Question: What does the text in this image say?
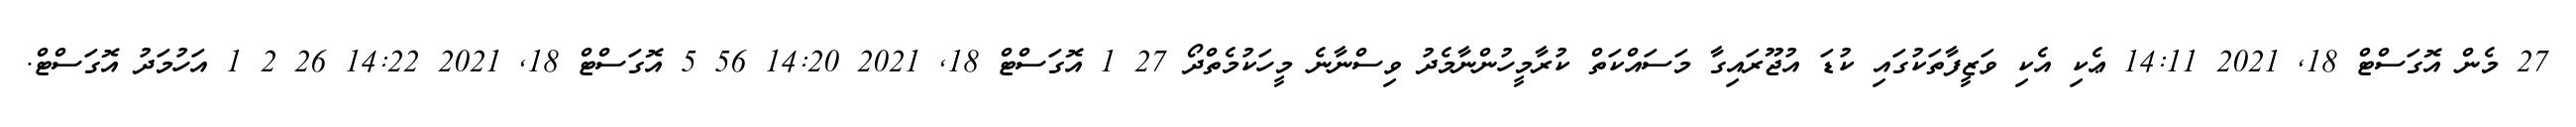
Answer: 27 މެން އޮގަސްޓް 18, 2021 14:11 ޢެކި އެކި ވަޒީފާތަކުގައި ކުޑަ އުޖޫރައިގާ މަސައްކަތް ކުރާމީހުންނާމެދު ވިސްނާނެ މީހަކުމެތްދޯ 27 1 އޮގަސްޓް 18, 2021 14:20 56 5 އޮގަސްޓް 18, 2021 14:22 26 2 1 އަހުމަދު އޮގަސްޓް.